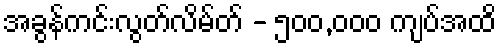
အခွန်ကင်းလွတ်လိမ်တ် - ၅၀၀,၀၀၀ ကျပ်အထိ